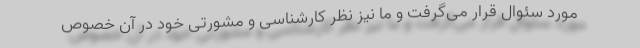
مورد سئوال قرار می‌گرفت و ما نیز نظر کارشناسی و مشورتی خود در آن خصوص